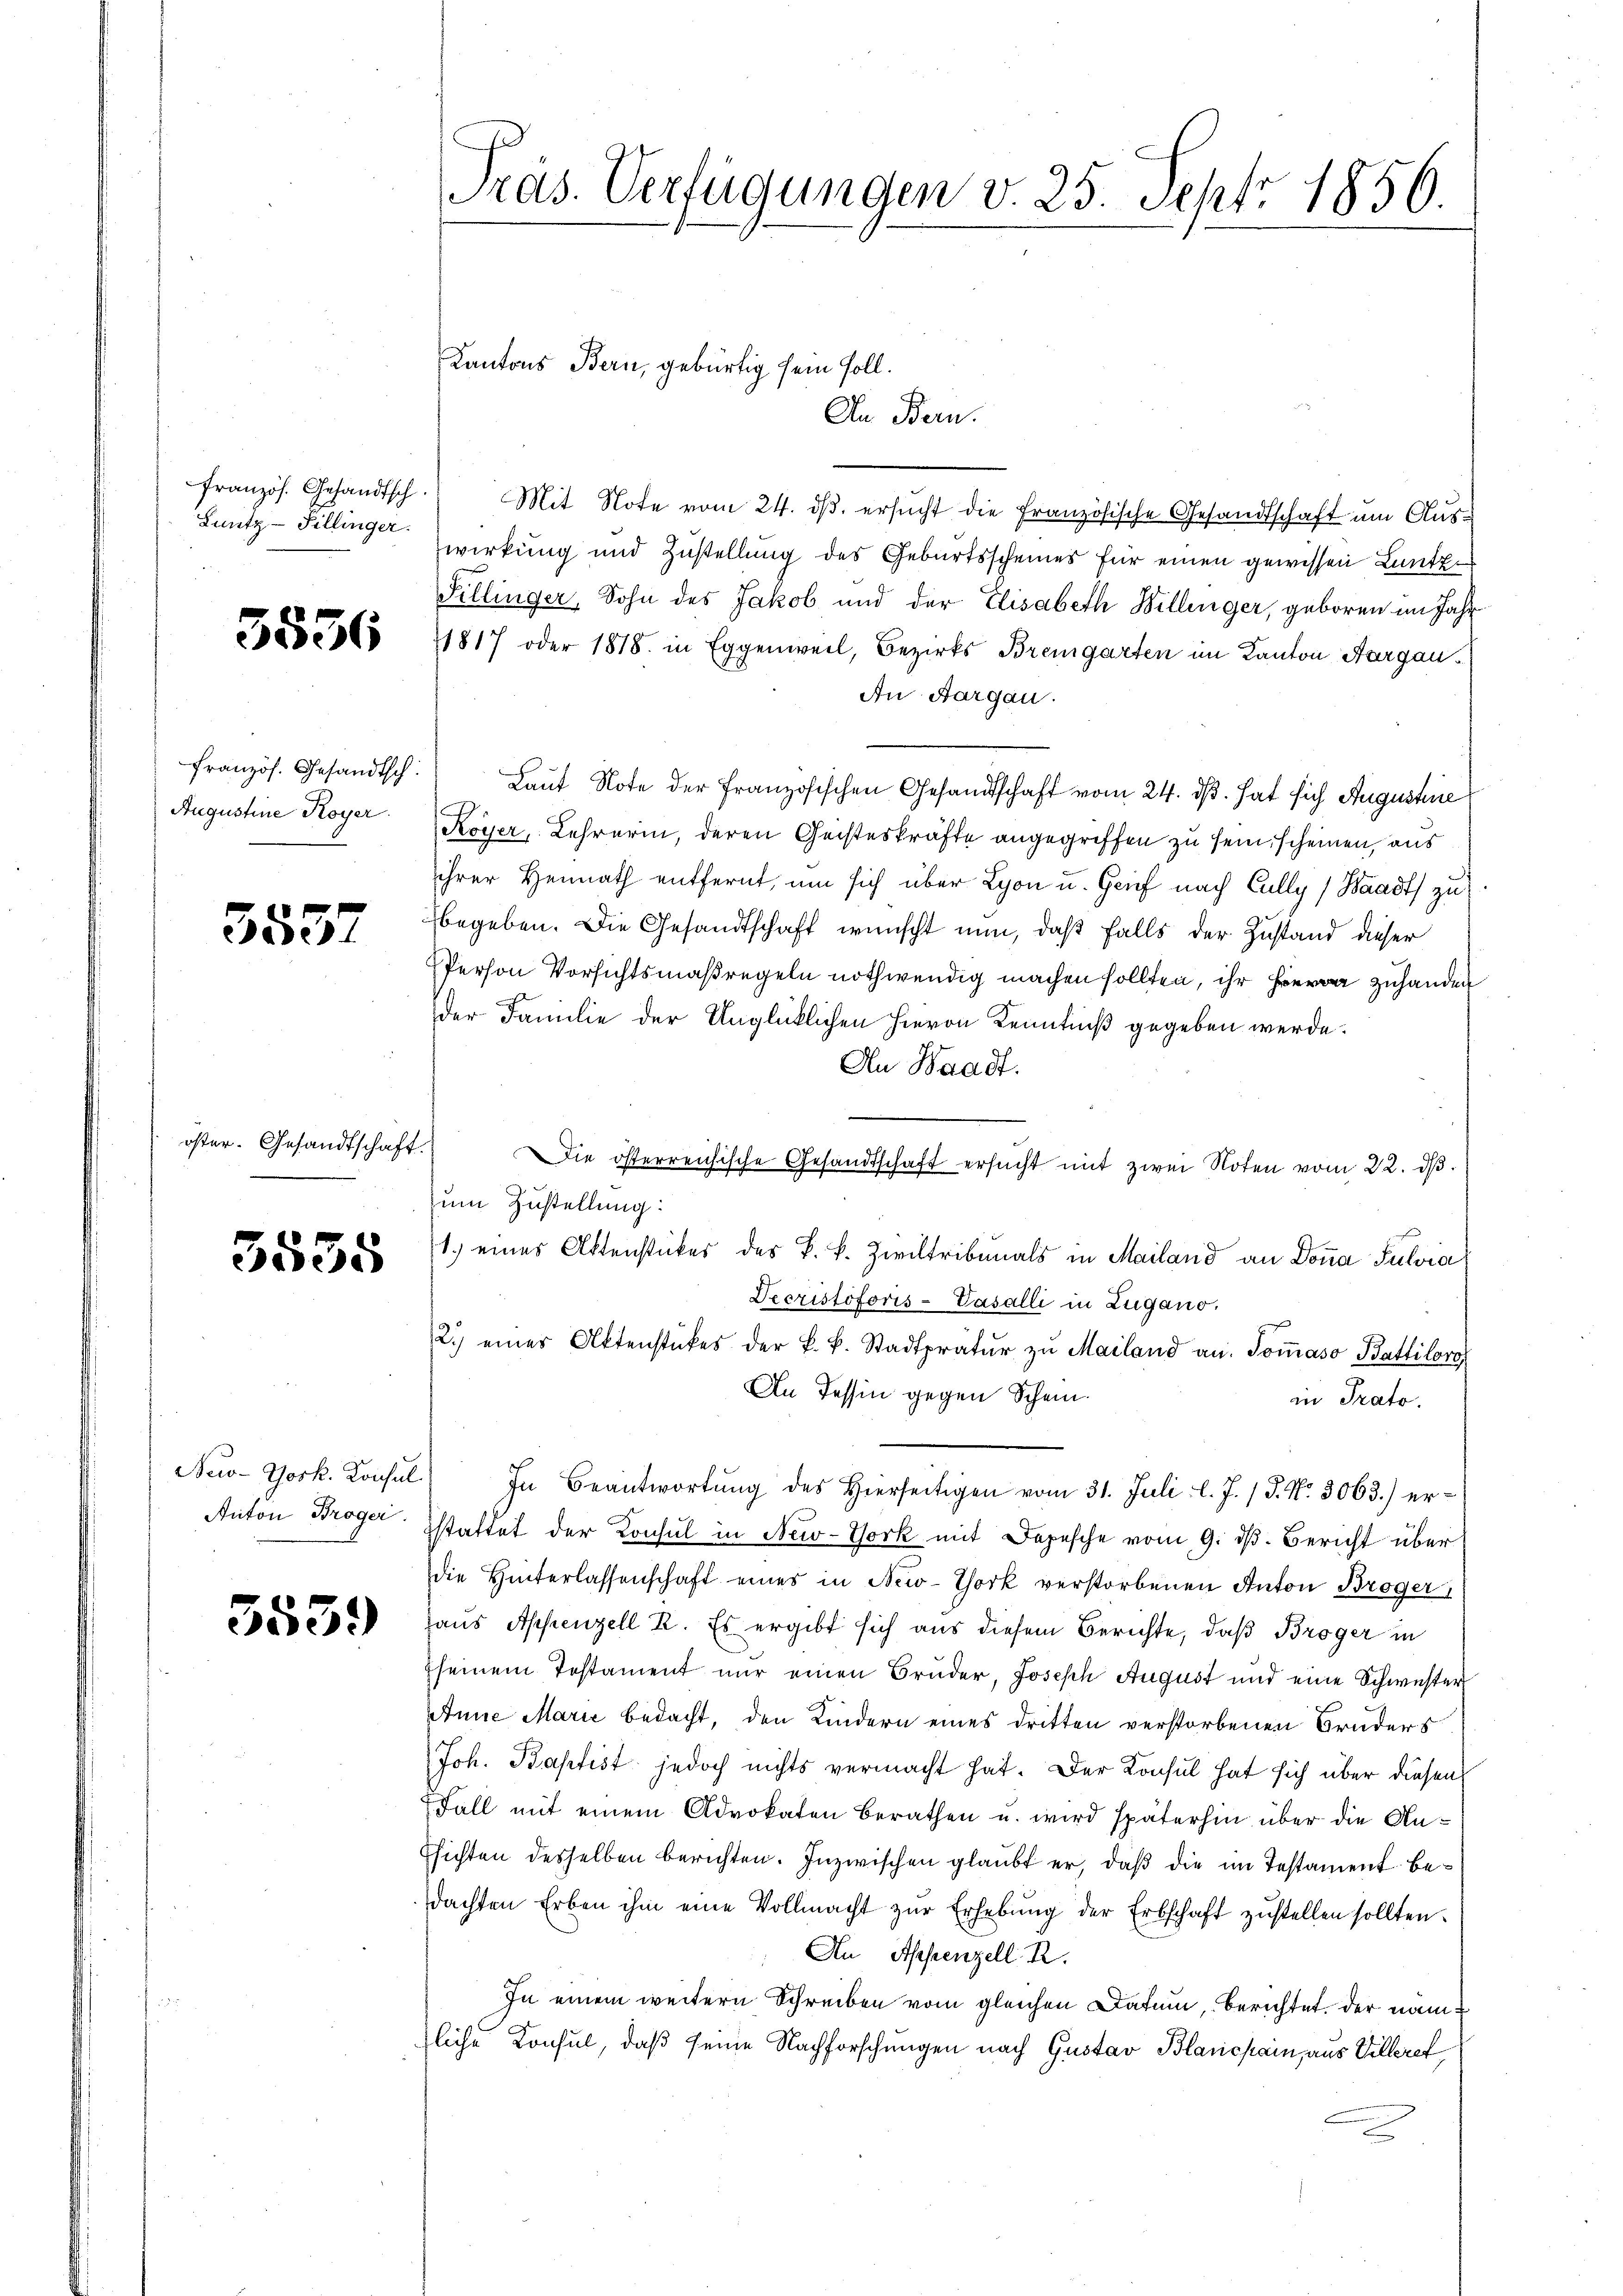
französ. Gesandtsch
Lnutz-Sillinger.

5536

französ. Gesandtsch
Augustine Koyer.

5537

öster. Gesandtschaft.

3535

New-York. Konsul
Anton Broger.

3539)

Pras. Verfügungen v. 25. Sept. 1856.

Kantons Bern, gebürtig sein soll.

An Bern.
Mit Note vom 24. ds. ersucht die Französische Gesandtschaft um Auswirkung und Zustellung des Geburtsscheines für einen gewissen Lantz¬
Sillinger, Sohn des Jakob und der Elisabeth Willinger, geboren im Jahr
1817 oder 1818. in Eggenweil, Bezirks Bremgarten im Kanton Aargau.
An Aargau.
Lauf Note der französischen Gesandtschaft vom 24. dß. hat sich Augustine
Koyer, Lehrerin, deren Geisteskräfte angegriffen zu sein scheinen, aus
ihrer Heimath entfernt, um sich über Lyon u. Grief nach Cully (Waadt zu
begeben. Die Gesandtschaft wünscht nun, daß falls der Zustand dieser
Person Vorsichtsmaßregeln nothwendig machen sollten, ihre zuhanden
der Familie der Unglücklichen hievon Kenntniß gegeben werde.
An Baadf.
Die österreichische Gesandtschaft ersucht mit zwei Noten vom 22. dβ.
zum Zustellung:
1.) eines Aktenstücker des k. k. Ziviltribunals in Mailand an Donna Pulvia,
Decristoforis-Vasalli in Zugano.
2.) einer Aktenstückes der k. k. Stadtpratŭr zŭ Mailand an. Soṁaso Battiloro
An Tessin gegen Schein.
in Prato.
In Beantwortung des Hierseitigen vom 31. Juli l. J. / P. Nr. 3063.) erstattet der Konsul in New-York mit Depesche vom 9. dß. Bericht über
die Hinterlassenschaft eines in New-York verstorbenen Anton Broger
Haus Appenzell R. Es ergibt sich aus diesem Berichte, daß Broger in
seinem Testament nur einen Bruder, Joseph August und eine Schwester
Anne Marić bedacht, den Kindern eines dritten verstorbenen Bruders
Joh. Baptist jedoch nichts vermacht hat. Der Konsul hat sich über diesen
Fall mit einem Advokaten berathen u. wird späterhin über die An¬
Psichten desselben berichten. Inzwischen glaubt er, daß die im Testament bedachten Erben ihm eine Vollmacht zŭr Erhebŭng der Erbschaft zŭstellen sollten.
Au Appenzell R
In einem weitern Schreiben vom gleichen Datum, berichtet. Der namliche Konsul, daß seine Nachforschungen nach Gustav Blanchain, aus Villeret
e